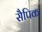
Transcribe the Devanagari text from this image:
सैपिक